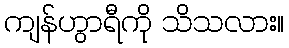
ကျန်ဟွာရီကို သိသလား။